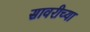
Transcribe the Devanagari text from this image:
सावरीच्या